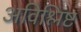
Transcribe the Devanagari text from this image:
अविश्लिष्ट